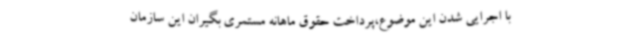
با اجرایی شدن این موضوع،پرداخت حقوق ماهانه مستمری بگیران این سازمان